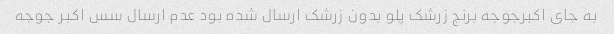
به جای اکبرجوجه برنج زرشک پلو بدون زرشک ارسال شده بود عدم ارسال سس اکبر جوجه